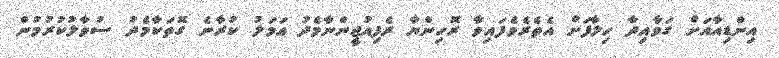
އިންޑިއާއަށް ގަވާއިދާ ހިލާފަށް އެތެރެވެފައިވާ ރޮހިންޔާ ރެފިއުޖީންނާމެދު އަމަލު ކުރާނެ ގޮތަކާމެދު ސުވާލުކުރުމުން